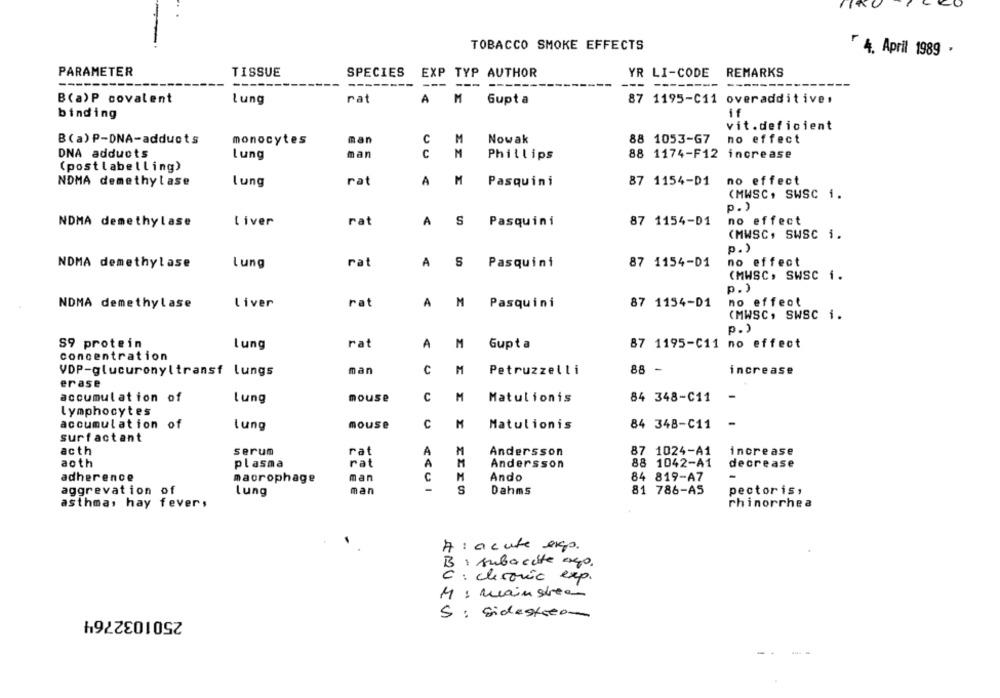
TOBACCO SMOKE EFFECTS
4. April 1989 .
PARAMETER
TISSUE
SPECIES
EXP TYP AUTHOR
YR LI-CODE
REMARKS
----
-------
--------
---
--- ------
---
B(a)P covalent
Lung
rat
A
M
Gupta
87 1195-C11 overadditive,
binding
if
vit.deficient
B(a) P-DNA-adducts
man
C
M
Nowak
88 1053-G7
no effect
monocytes
DNA adducts
man
C
M
Lung
Phillips
88 1174-F12 increase
(postlabelling)
NDMA demethylase
rat
A
M
Pasquini
no effect
lung
87 1154-D1
(MWSC. SWSC 1.
p.)
NDMA demethylase
Liver
rat
A
S
Pasquini
87 1154-01
no effect
(MWSC, SWSC i.
p.)
NDMA demethylase
Lung
rat
A
S
Pasquini
87 1154-01
no effect
(MWSC, SWSC 1.
p.)
NDMA demethylase
liver
rat
A
M
Pasquini
87 1154-D1
no effect
(MWSC, SWSC i.
p.)
S9 protein
lung
rat
A
M
Gupta
87 1195-C11 no effect
concentration
man
c
M
88 -
increase
VDP-glucuronyltransf lungs
Petruzzelli
erase
accumulation of
mouse
C
M
Matulionis
84 348-C11
-
Lung
lymphocytes
accumulation of
lung
mouse
c
Matulionis
84 348-C11
-
surfactant
acth
serum
rat
M
Andersson
87 1024-A1
increase
M
aoth
plasma
rat
Andersson
88 1042-A1
decrease
adherence
macrophage
man
Ando
84 819-A7
-
S
aggrevation of
Lung
man
Dahms
81 786-AS
pectoris,
asthma, hay fever,
rhinorrhea
A : acute exp.
B : subacite ago.
: clesoric exp.
M : main site
2501032764
5: sidestream